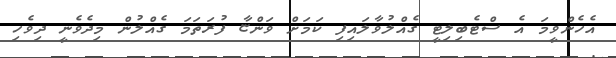
އެހެންވީމަ އެ ސްޓެބިލިޓީ ގެއްލުވާލައިފި ކަމަށް ވަންޏާ ފުރަތަމަ ގެއްލުން މިދެވެނީ ދިވެހި